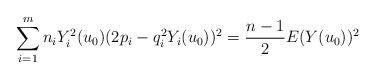
LaTeX: \begin{align*}\sum_{i=1}^m n_iY_i^2(u_0)(2p_i -q_i^2 Y_i(u_0))^2 = \frac{n-1}{2} E(Y(u_0))^2 \end{align*}